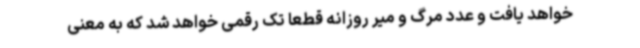
خواهد یافت و عدد مرگ و میر روزانه قطعا تک رقمی خواهد شد که به معنی